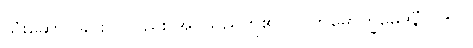
သုံးဆောင်ခြင်းငှာလည်း အပ်သည်ဟူ၏၊ (ပါတိမောက္ခမေဒိနီ၊၂၁၅။)